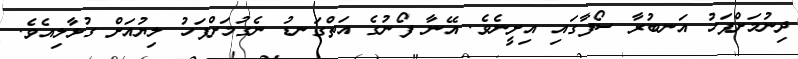
ދިނުމަށްފަހު އަނބުރާ ސޯފާގައި އިށީނެވެ. އޭނާ ފޯނުގެ އަތްގަނޑު ނެގުމަށްފަހު ލިޔުއަށް ގުޅާލިއެވެ.